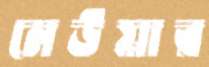
মেউয়ার